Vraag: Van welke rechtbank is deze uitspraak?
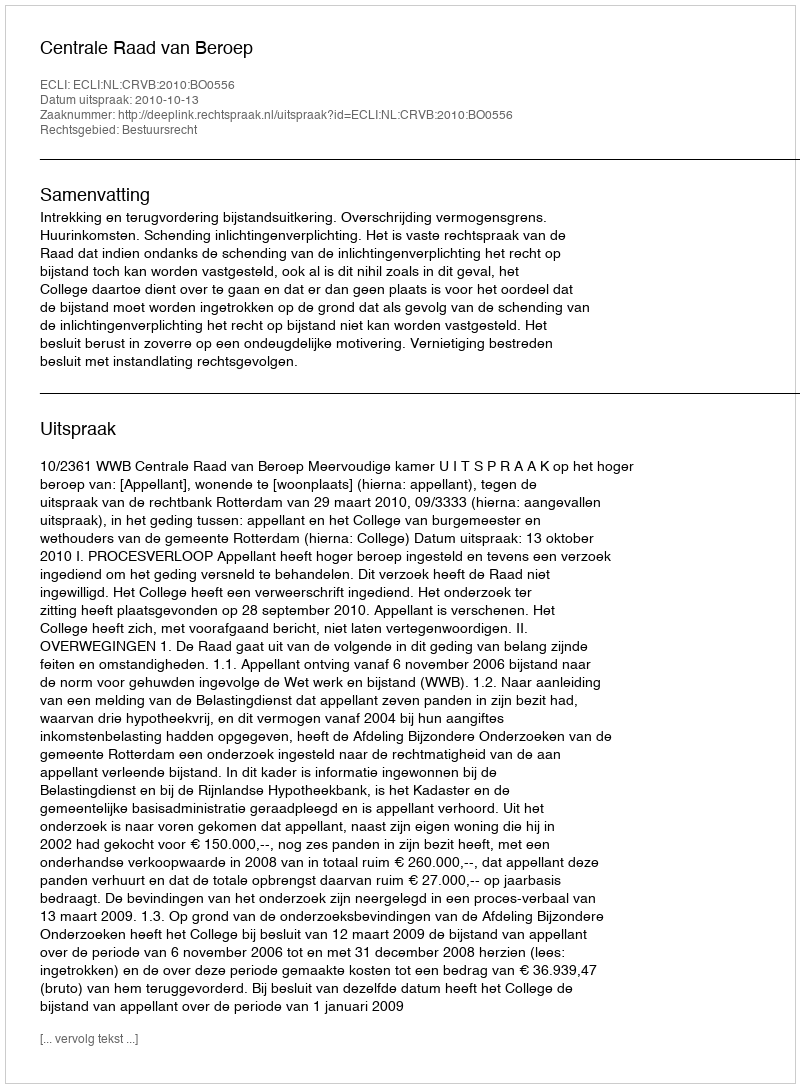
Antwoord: Centrale Raad van Beroep